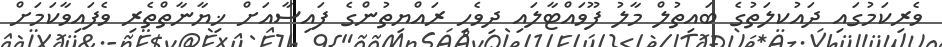
ވެރިކަމުގައި ދައުކލަތުގެ ބައިތުލް މާލު ފޫވައްޓާލައި ދިވެހި ރައްޔިތުންގެ ފައިސާއަށް ޚިޔާނާތްތެރި ވެފައިވާކަމަށް